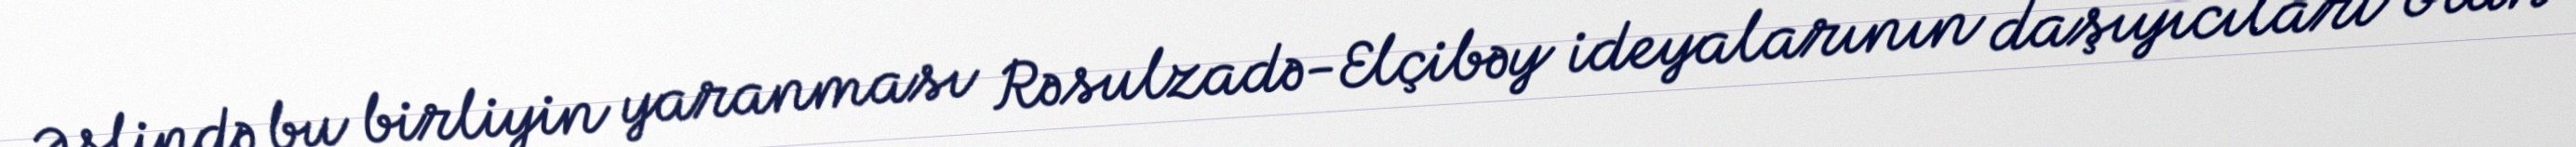
Əslində bu birliyin yaranması Rəsulzadə-Elçibəy ideyalarının daşıyıcıları olan